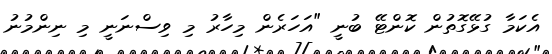
އެކަމާ ގުޅޭގޮތުން ކޮންޓޭ ބުނީ "އަހަރެން މިހާރު މި ވިސްނަނީ މި ނިންމުނު